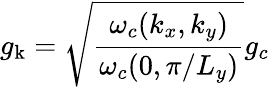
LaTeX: g_{\mathrm{k}}=\sqrt{\frac{\omega_{c}({k_{x},k_{y}})}{\omega_{c}(0,\pi/L_{y})}}g_{c}